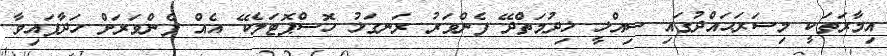
އިމާރަތަކީ މިސަރަޙައްދުގައި ސިއްޚީ ޚިދުމަތްދޭ ފެންވަރު ރަނގަޅު ހޮސްޕޮޓަލެކޭ އެއް ފެންވަރަށް ހަދާފައިވާ